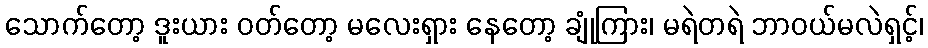
သောက်တော့ ဒူးယား ဝတ်တော့ မလေးရှား နေတော့ ချုံကြား၊ မရဲတရဲ ဘာဝယ်မလဲရှင့်၊